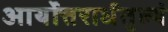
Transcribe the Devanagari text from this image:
आर्योत्तरार्धतुल्यं